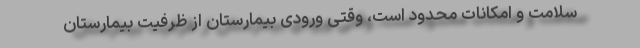
سلامت و امکانات محدود است، وقتی ورودی بیمارستان از ظرفیت بیمارستان